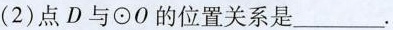
(2)点D与\odot O的位置关系是___.